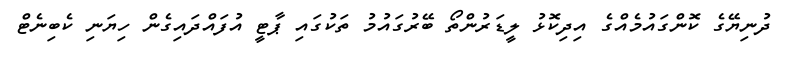
ދުނިޔޭގެ ކޮންގައުމެއްގެ އިދިކޮޅު ލީޑަރުންތޯ ބޭރުގައުމު ތަކުގައި ޕާޓީ އުފައްދައިގެން ހިޔަނި ކެބިނެޓް